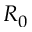
R _ { 0 }